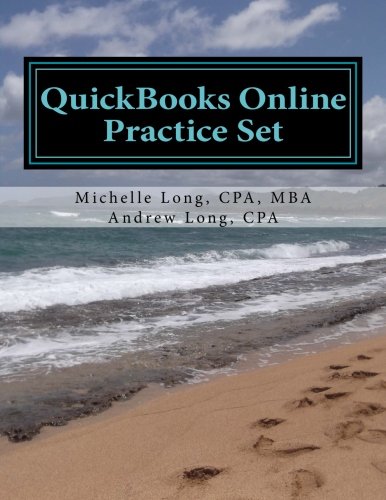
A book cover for QuickBooks Online Practice Set: Get QuickBooks Online Experience using Realistic Transactions for Accounting, Bookkeeping, CPAs, ProAdvisors, Small Business Owners or other users; Michelle L. Long; Computers & Technology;